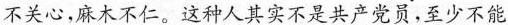
不关心，麻木不仁。这种人其实不是共产党员，至少不能